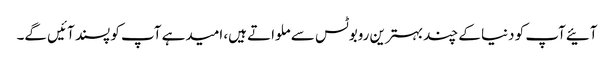
آئیےآپ کو دنیا کے چند بہترین روبوٹس سے ملواتے ہیں، امیدہے آپ کو پسند آئیں گے۔